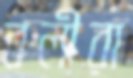
বলীরা